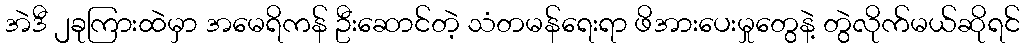
အဲဒီ ၂ခုကြားထဲမှာ အမေရိကန် ဦးဆောင်တဲ့ သံတမန်ရေးရာ ဖိအားပေးမှုတွေနဲ့ တွဲလိုက်မယ်ဆိုရင်